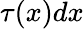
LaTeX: \tau(x)dx